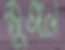
মুঙ্গল